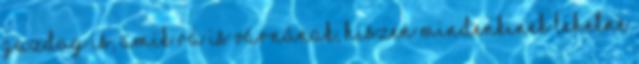
gazdag is, amik rá is várnának, hiszen mindenkinek lehetne